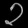
Digit: ၃